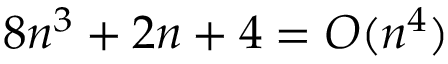
8 n ^ { 3 } + 2 n + 4 = O ( n ^ { 4 } )